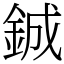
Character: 鋮